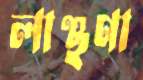
লাঞ্ছণা